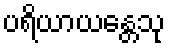
ပရိယာယန္တေသု